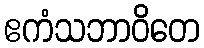
ဧကံသဘာဝိတေ